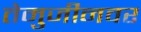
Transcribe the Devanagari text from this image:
तेमुजीनवर